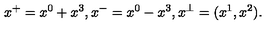
x ^ { + } = x ^ { 0 } + x ^ { 3 } , x ^ { - } = x ^ { 0 } - x ^ { 3 } , x ^ { \perp } = ( x ^ { 1 } , x ^ { 2 } ) .